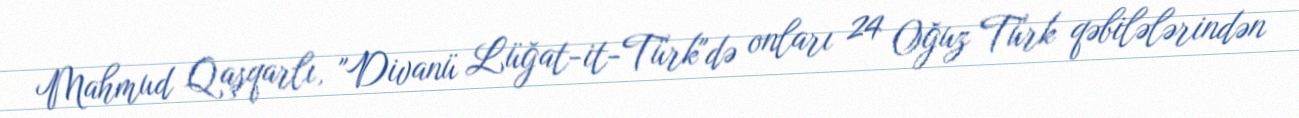
Mahmud Qaşqarlı, "Divanü Lüğat-it-Türk"də onları 24 Oğuz Türk qəbilələrindən